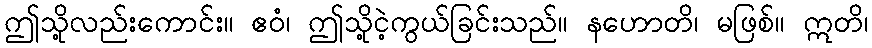
ဤသို့လည်းကောင်း။ ဧဝံ၊ ဤသို့ငဲ့ကွယ်ခြင်းသည်။ နဟောတိ၊ မဖြစ်။ ဣတိ၊